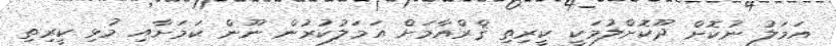
އަމަލު ނުކޮށް ދޫކޮށްލުމަކީ ކީރިތި ޤްރްއާމަށް އަމަލުކުރުން ނޫން ކަމަށާއި މުޅި ކީރިތި